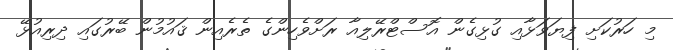
މި ހަރުކަށި ފިޔަވަޅާއި ގުޅިގެން އޮސްޓްރޭލިއާ ރަށްވެހިންގެ ތެރެއިން ޤައުމުން ބޭރުގައި ދިރިއުޅޭ